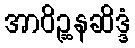
အာဝိဉ္ဆနဆိဒ္ဒံ